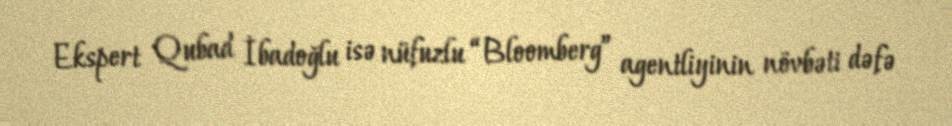
Ekspert Qubad İbadoğlu isə nüfuzlu “Bloomberg” agentliyinin növbəti dəfə